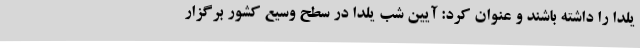
یلدا را داشته باشند و عنوان کرد: آیین شب یلدا در سطح وسیع کشور برگزار